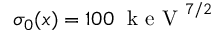
\sigma _ { 0 } ( x ) = 1 0 0 \; \mathrm { ~ k ~ e ~ V ~ } ^ { 7 / 2 }